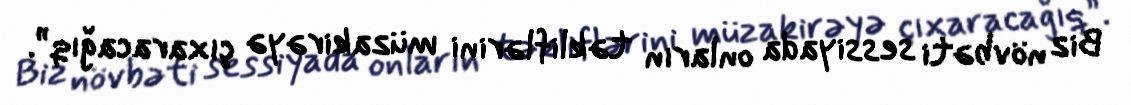
Biz növbəti sessiyada onların təkliflərini müzakirəyə çıxaracağıq”.